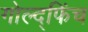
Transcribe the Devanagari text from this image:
गोल्द्फिंच